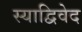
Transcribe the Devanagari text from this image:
स्याद्विवेद